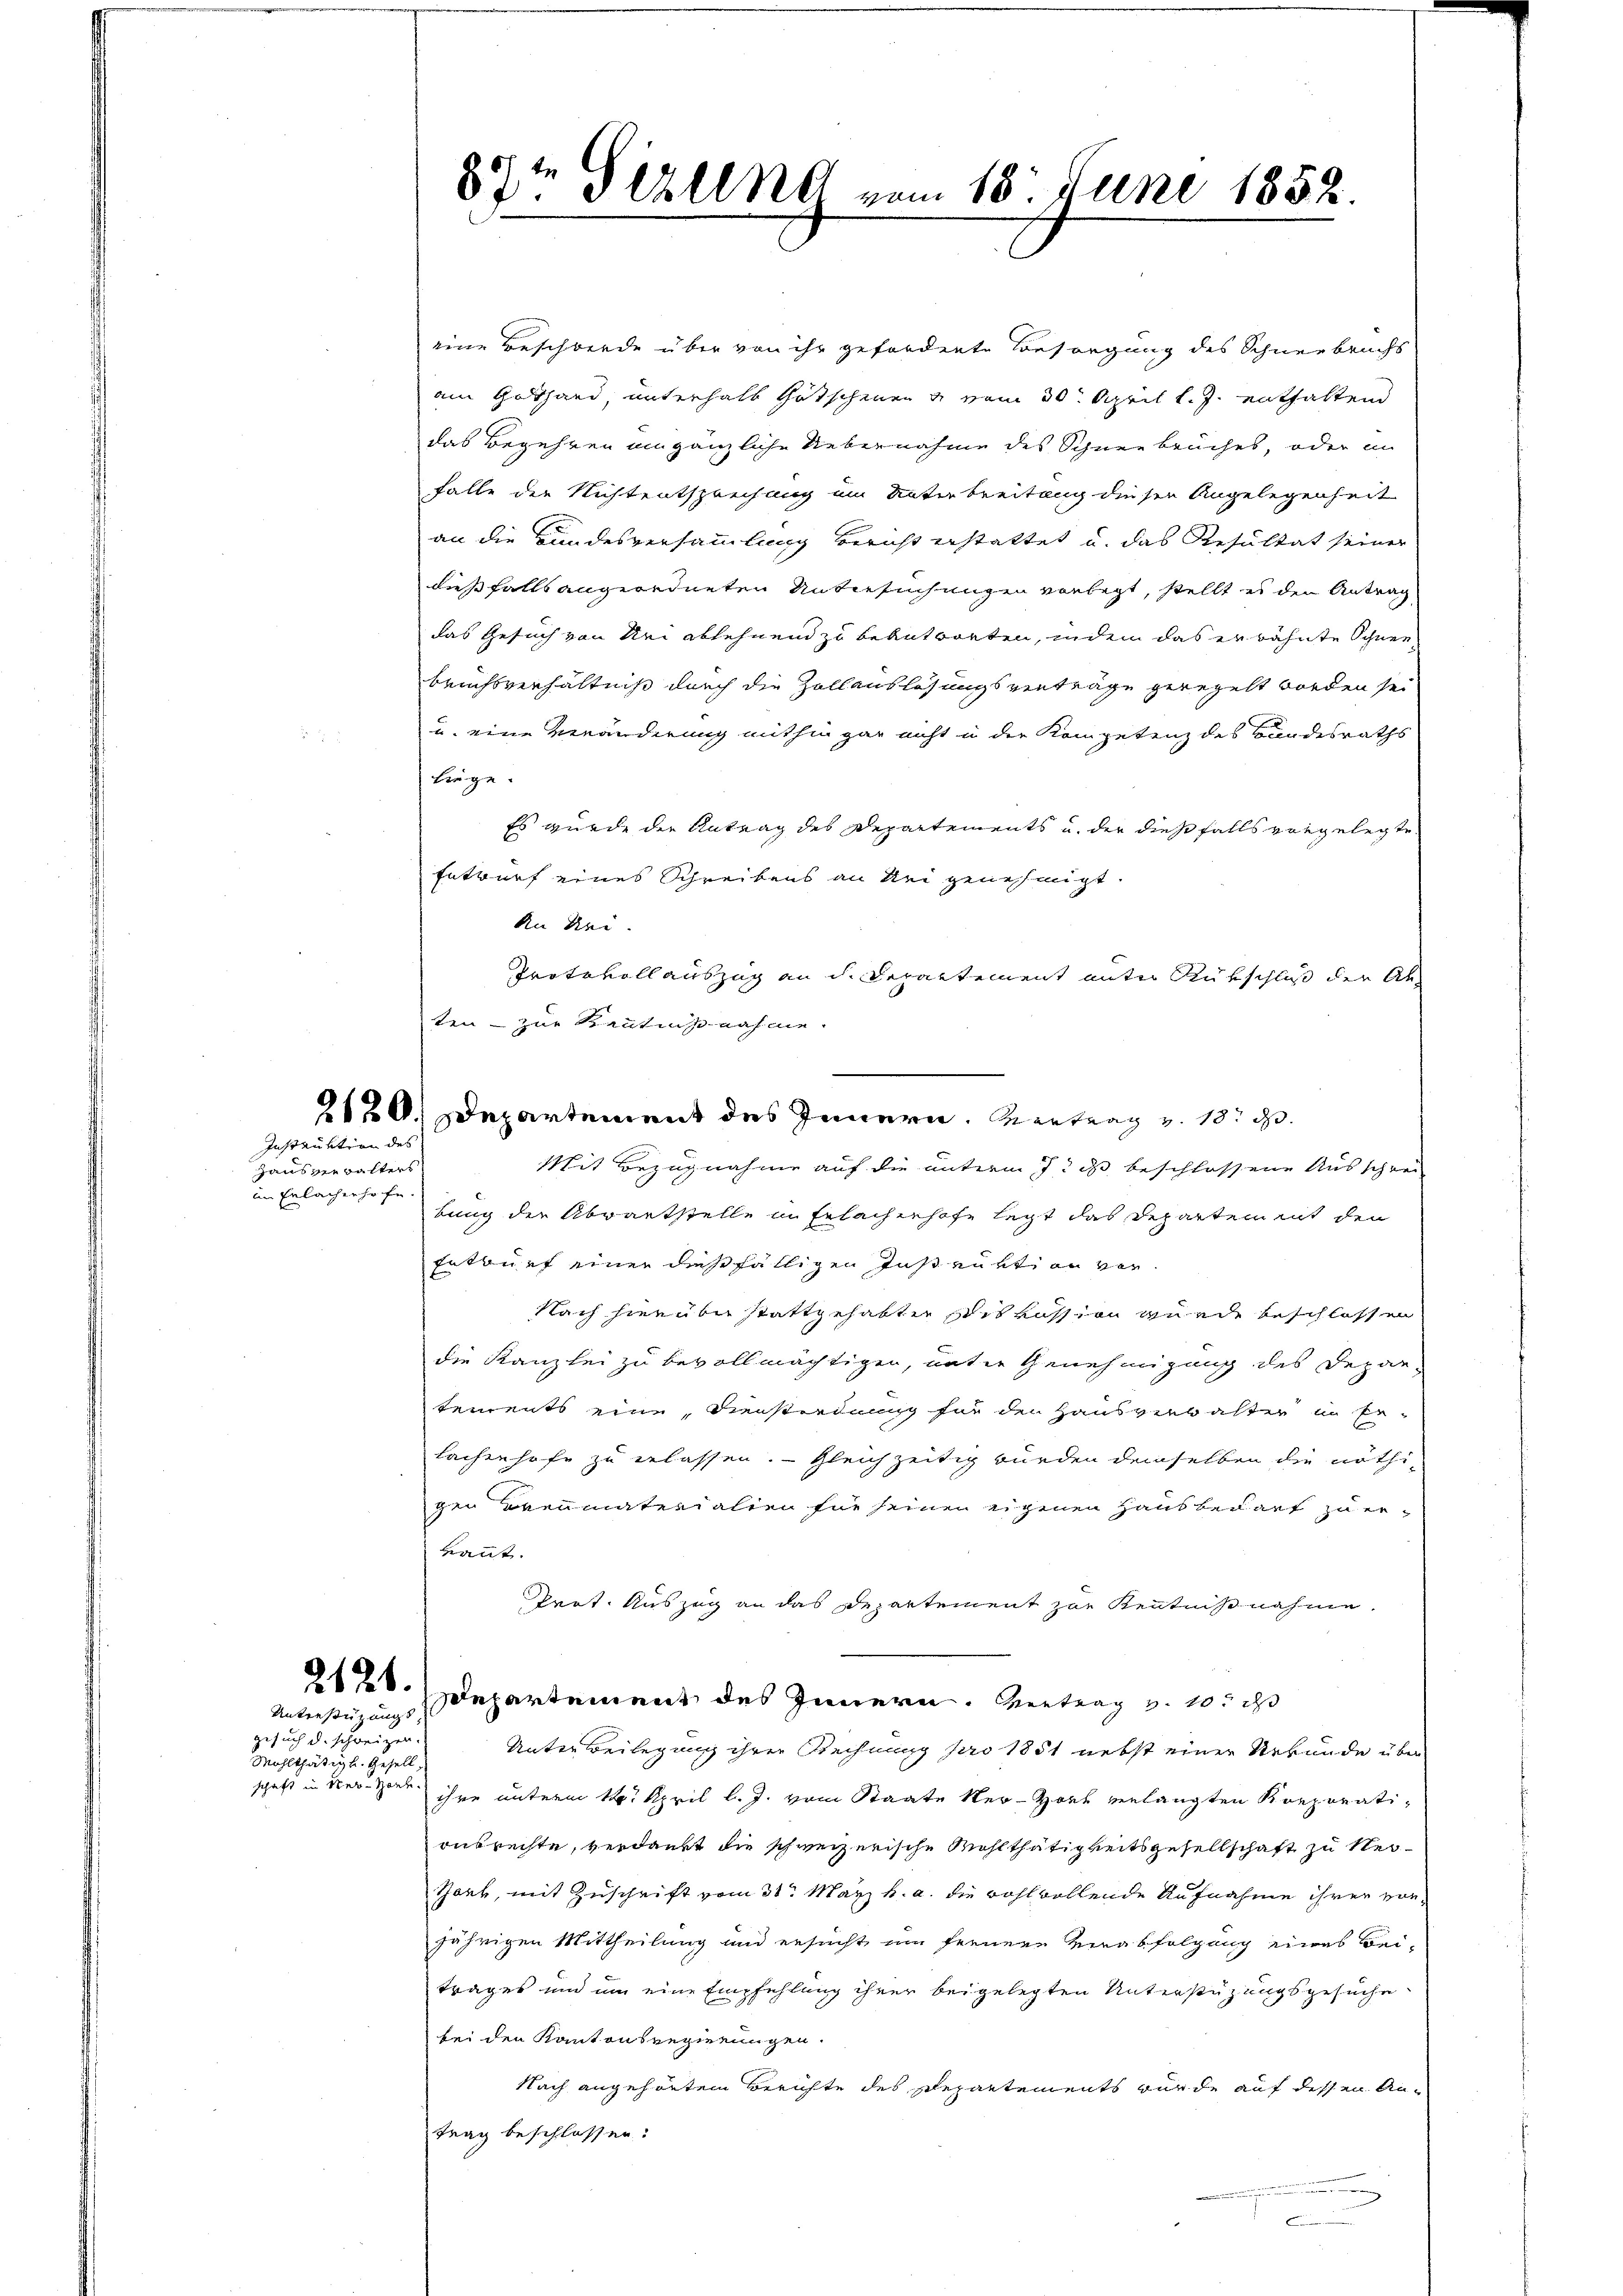
2120.
Instruktion des

Hausverwalters
im Erlachenhofe.

Unterstirungs
gesuch d. schweizer.
Wohlthätigt. Gesell
schaft in Ner-Horb.

8te Schling vom 18. Juni 1852.

eine Beschwerde über von ihr geforderte Besorgung des Schneebruchs
am Gothand unterhalb Gutschenen u vom 30. April l. J. enthaltend
das Begehren um gänzliche Uebernahme des Schneebruches, oder in
falle der Nichtentsprechung im Unterbreitung dieser Angelegenheit
an die Bundesversammlung Bericht erstattet u. das Resultat seiner
dießfalls angeordneten Untersuchungen vorlegt, stellt es den Antrag
das Gesuch von Nei ablehnend zu beantworten, in dem das er bahnte Schneebruchsverhältniß durch die Zollauslösungsverträge geregelt worden sei
u. eine Veränderung mithin gar nicht in der Kompetenz des Bandesraths
liege.
Es wurde der Antrag des Departements u. der dießfalls vorgelegte
Entwurf eines Schreibens an Uri genehmigt.
An Rei
Protokoll auszug an d. Separtement unter Rückschluß der Abten - zur Kenntnisnahme.
Mit Bezugnahme auf die unterm 7. ds beschlossene Ausschen
bung der Abwartstelle in Erlachenhofe legt das Departement den
Entwurf einer dießfälligen Instruktion ver
Nach hierüber stattgehabten seit aussion wurde beschlossen
die Kanzlei zu bevollmächtigen, unter Genehmigung des Depar-
tements eine, Dienstordnung für den Hausverwalter in Er¬
Sachenhofe zu erlassen. Gleichzeitig wurden demselben die nöthigen Brennmaterialien für seinen eigenen Hausbedarf zu er-
kant.
Trat. Auszug an das Departement zur Kenntnißnahme
2120. Departement des Innern. Vertrag v. 105 d
Unter Beilegung ihrer Rechnung pro 1851 nebst einer Urkunde über
ihre unterm 14. April l. J. vom Staate ker-Hort verlangten Korporatiausrechte, verdankt die schweizerische Wohlthätigkeitsgesellschaft zu ver¬
Zork, mit Zuschrift vom 31. May h. a. die wohl vollende Aufnahme ihrer von
jährigen Mittheilung und ersucht im fernere Verabfolgung eines Bei-
trages und um eine Empfehlung ihrer beigelegten Unterstützungsgesuche
bei den Kantonsregierungen.
Nach angehörten Berichte des Departements wurde auf dessen Antrag beschlossen:
n
.

.
Departement des Innern. Vertrag v. 18. d.